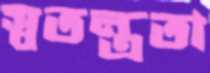
স্বতন্ত্রতা